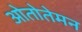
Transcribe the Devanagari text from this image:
ओतोतेमन